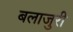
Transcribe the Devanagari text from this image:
बलाजुरी